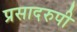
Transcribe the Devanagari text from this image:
प्रसादरुपी